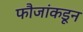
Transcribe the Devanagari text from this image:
फौजांकडून